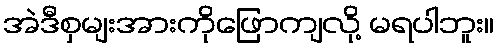
အဲဒီစှမျးအားကိုဖြောကျလို့ မရပါဘူး။